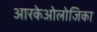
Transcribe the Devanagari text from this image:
आरकेओलोजिका